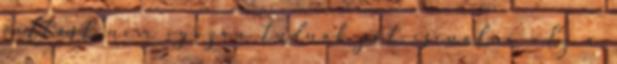
váltást nem igazán tudnak jót csinálni . Ez a